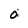
Character: 0